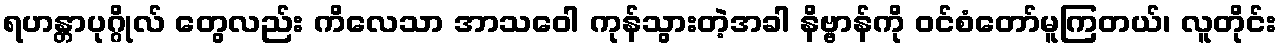
ရဟန္တာပုဂ္ဂိုလ် တွေလည်း ကိလေသာ အာသဝေါ ကုန်သွားတဲ့အခါ နိဗ္ဗာန်ကို ဝင်စံတော်မူကြတယ်၊ လူတိုင်း